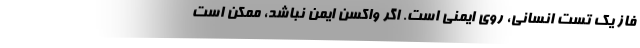
فاز یک تست انسانی، روی ایمنی است. اگر واکسن ایمن نباشد، ممکن است